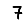
Digit: 7